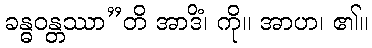
ခန္ဓဝန္တဿာ”တိ အာဒိံ၊ ကို။ အာဟ၊ ၏။